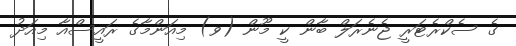
ގެ ސެކްރެޓަރީ ޖެނެރަލް ބާން ކީ މޫން (ވ) މިއަންމާގެ ރައީސްއާ މިއަދު